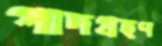
পাদগ্রহণ